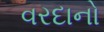
વરદાનો